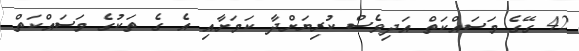
42 ގޭގެ މަސައްކަތް އަދިވެސް ކުރިޔަށްދާ ކަމަށާއި އެ ގެ ތަކުގެ މަސައްކަތް